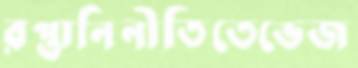
রপ্তানিনীতিতেভেজ